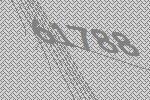
61788